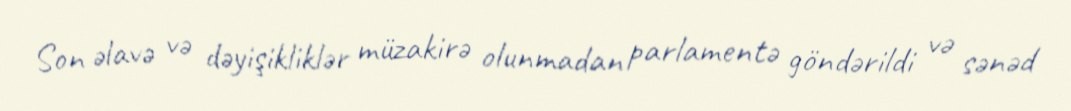
Son əlavə və dəyişikliklər müzakirə olunmadan parlamentə göndərildi və sənəd